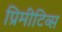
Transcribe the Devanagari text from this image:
प्रिमीटिव्स